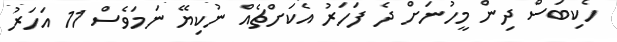
ހެކިބަސް ދިން މީހުނަށް ދެ ފަހަރު އެކަށްޗެއް ނުކިޔޭ ނަމަވެސް 11 އަހަރު